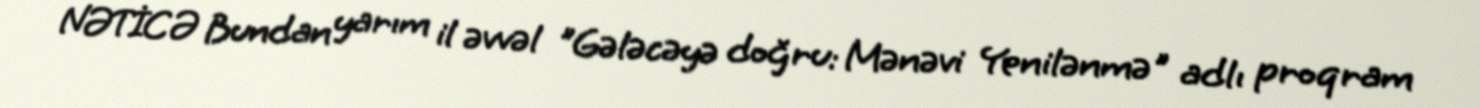
NƏTİCƏ Bundan yarım il əvvəl "Gələcəyə doğru: Mənəvi Yenilənmə" adlı proqram